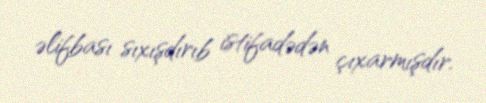
əlifbası sıxışdırıb istifadədən çıxarmışdır.